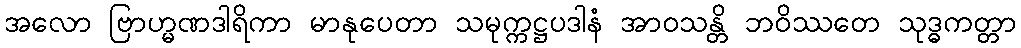
အလော ဗြာဟ္မဏဒါရိကာ မာနုပေတာ သမုက္ကဋ္ဌပဒါနံ အာဝသန္တိ ဘဝိဿတေ သုဒ္ဓကတ္တာ